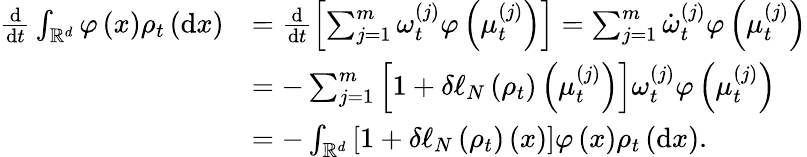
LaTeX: \begin{array}{rl}{\frac{\mathrm{d}}{\mathrm{d}t}\int_{\mathbb{R}^{d}}\varphi\left(x\right)\rho_{t}\left(\mathrm{d}x\right)}&{=\frac{\mathrm{d}}{\mathrm{d}t}\left[\sum_{j=1}^{m}\omega_{t}^{(j)}\varphi\left(\mu_{t}^{(j)}\right)\right]=\sum_{j=1}^{m}\dot{\omega}_{t}^{(j)}\varphi\left(\mu_{t}^{(j)}\right)}\\ &{=-\sum_{j=1}^{m}\left[1+\delta\ell_{N}\left(\rho_{t}\right)\left(\mu_{t}^{(j)}\right)\right]\omega_{t}^{(j)}\varphi\left(\mu_{t}^{(j)}\right)}\\ &{=-\int_{\mathbb{R}^{d}}\left[1+\delta\ell_{N}\left(\rho_{t}\right)\left(x\right)\right]\varphi\left(x\right)\rho_{t}\left(\mathrm{d}x\right).}\end{array}